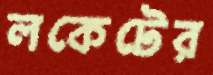
লকেটের